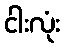
ငါးလုံး